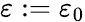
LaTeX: \varepsilon:=\varepsilon_{0}